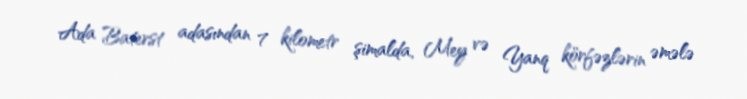
Ada Baterst adasından 7 kilometr şimalda, Mey və Yanq körfəzlərin əmələ